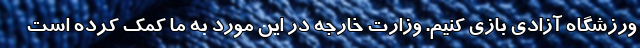
ورزشگاه آزادی بازی کنیم. وزارت خارجه در این مورد به ما کمک کرده است